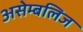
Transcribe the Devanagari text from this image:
असेम्बलिज